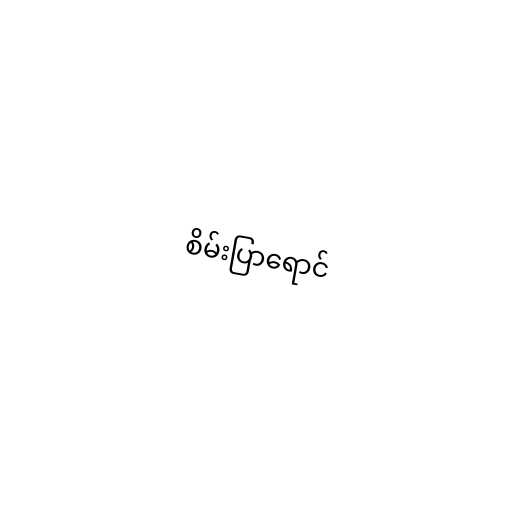
စိမ်းပြာရောင်